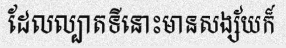
ដែលល្បាតទីនោះមានសង្ស័យក៏